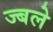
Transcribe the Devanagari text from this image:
ज्बले